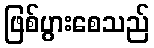
ဖြစ်ပွားစေသည်